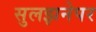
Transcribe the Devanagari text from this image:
सुलझनेपर